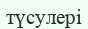
түсулері